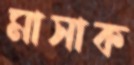
মাসাক